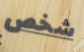
شخص